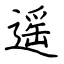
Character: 遥